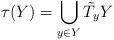
LaTeX: \begin{align*} \tau(Y)={\bigcup_{y\in Y} \tilde{T}_y Y}\end{align*}